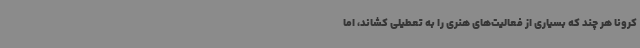
کرونا هر چند که بسیاری از فعالیت‌های هنری را به تعطیلی کشاند، اما